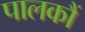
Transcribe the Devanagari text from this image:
पालकौं